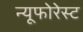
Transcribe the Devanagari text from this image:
न्यूफोरेस्ट